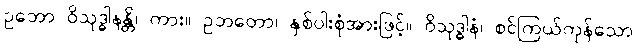
ဥဘော ဝိသုဒ္ဓါနန္တိ၊ ကား။ ဥဘတော၊ နှစ်ပါးစုံအားဖြင့်။ ဝိသုဒ္ဓါနံ၊ စင်ကြယ်ကုန်သော